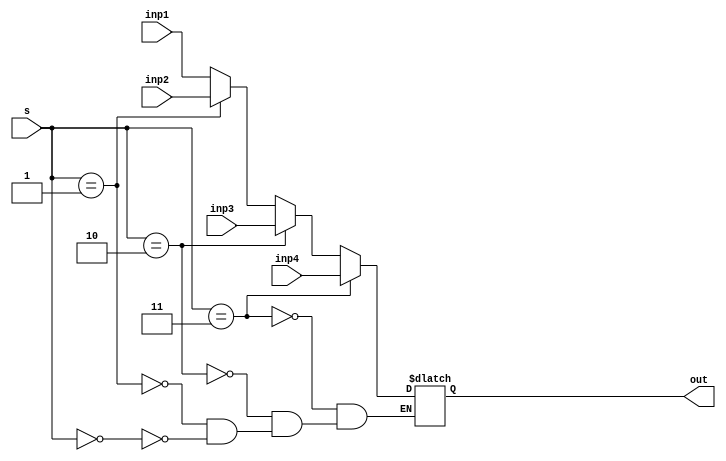
module mux4sel32(inp1,inp2,inp3,inp4,s,out);
input [31:0] inp1,inp2,inp3,inp4;
input [1:0] s;
output reg [31:0] out;
always@(inp1,inp2,inp3,inp4,s) begin
	if (s == 2'b00)
		out = inp1;
	if (s == 2'b01)
		out = inp2;
	if (s == 2'b10)
		out = inp3;
	if (s == 2'b11)
		out = inp4;
end
endmodule